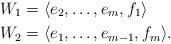
LaTeX: \begin{align*} W_1 &= \langle e_2,\dots, e_m, f_1 \rangle\; \\ W_2 &= \langle e_1,\dots, e_{m-1}, f_m \rangle.\end{align*}